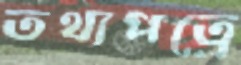
তথ্যপত্রে